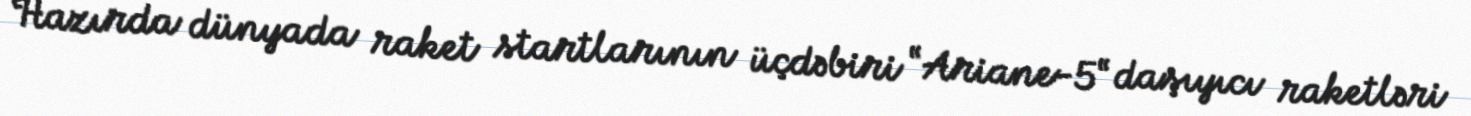
Hazırda dünyada raket startlarının üçdəbiri “Ariane-5“ daşıyıcı raketləri